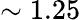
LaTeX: \sim 1.25